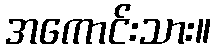
အကောင်းသား။